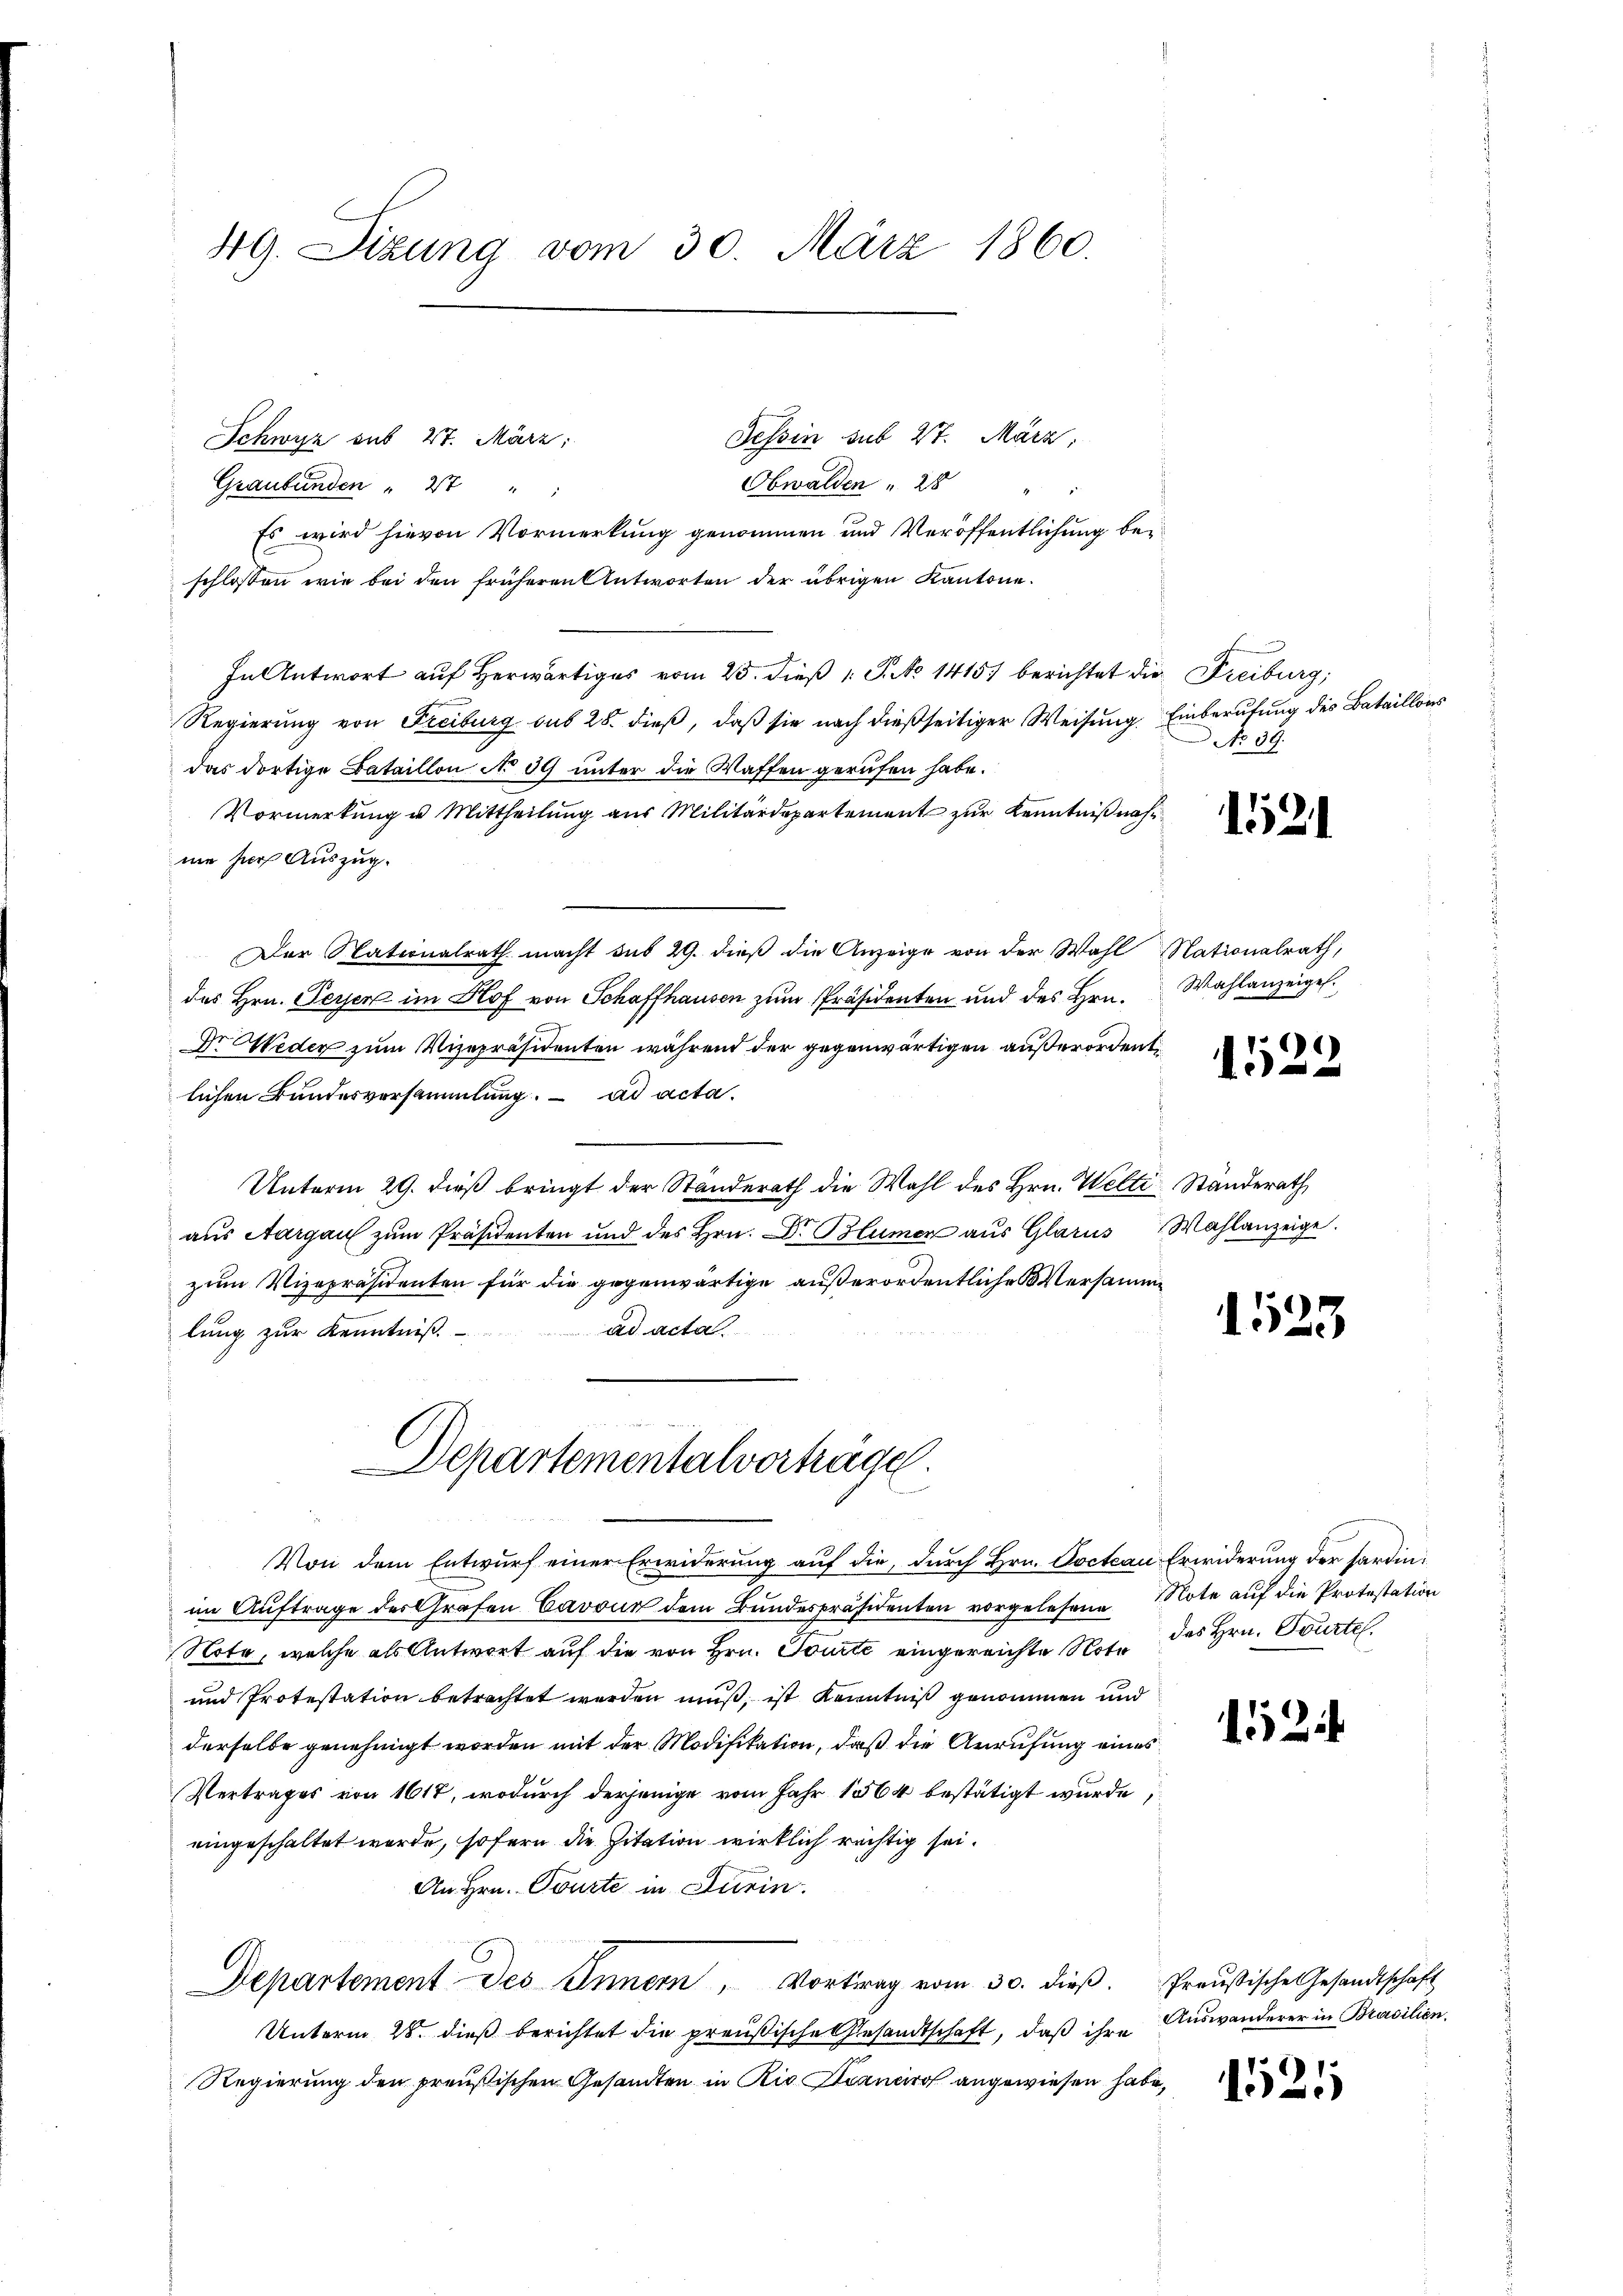
49. Sizung vom 30. März 1860.

Tessin sub 27. März.
Schwyz sub 27. März,
Obwalden " 28 " "
Graubünden " 27 " "
Es wird hievon Vormerkung genommen und Veröffentlichung bei
schlossen wie bei den früheren Antworten der übrigen Kantone.
In Antwort auf herwärtiges vom 25. dieß 1 S. 1415) berichtet die Freiburg,
Regierung von Freiburg sub 28. dieß, daß sie nach dießseitiger Weisung Einberufung des Bataillons
das dortige Bataillon No 39 unter die Waffen gerufen habe.
Vormerkung u. Mittheilung aus Militärdepartement zur Kenntniß nahe
mie zur Auszug.
Der Nationalrath macht sub 29. dieß die Anzeige von der Wahl Nationalrath,
des Hrn. Peyer im Hof von Schaffhausen zum Präsidenten und des Hrn.
Dr. Weder zum Vizepräsidenten während der gegenwärtigen außerordent
lichen Bundesversammlung. ad acta.
Unterm 29. dieß bringt der Standerath die Wahl des Hrn. Welti Ständerath,
aus Aargau zum Präsidenten und des Hrn. Dr. Blümer aus Glarus Wahlanzeige.
zum Vizepräsidenten für die gegenwärtige außerordentliche Versammad acta.
lung zur Kenntniß.
Departementalvorträge
Von dem Entwurf einer Erwiderung auf die, durch Hrn. Doctean Erwiderung der hardinim Auftrage des Grafen Cavour dem Bundespräsidenten vorgelesene Mote auf die Protestation
Nota, welche als Antwort auf die von Hrn. Tourte eingereichte Note des Hrn. Tourtel
und Protestation betrachtet werden muß, ist Kenntniß genommen und
derselbe genehmigt worden mit der Modifikation, daß die Anrufung eines
Vertrages von 1617, wodurch derjenige vom Jahr 1564 bestätigt wurde,
eingeschaltet werde, sofern die Zitation wirklich rechtig sei.
An Hrn. Tourte in Turin.
Departement des Innern, Vortrag vom 30. dieβ. Preußische Gesandtschaft
Unterm 28. dieß berichtet die preußische Gesandtschaft, daß ihre
Regierung den preußischen Gesandten in Rio Dianaro angewiesen habe,

No 39.

1521

Wahlanzeigel.

)
15

1525

152

Auswanderer in Brasilien.

1521